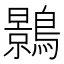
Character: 𪆣